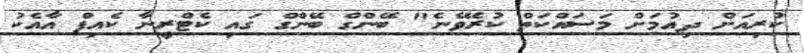
ކުރިއަށް ދިއުމަށް މަސައްކަތް ކުރެވޭނެ" ބޭންގް ބޭންގް ގައި ކެޓްރީނާ ކެއިފް އާއެކު